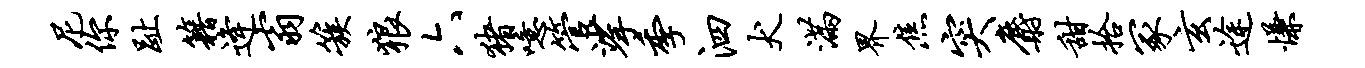
尼你趾籍逄翁簇狼六猪噫管挲季泗犬满界焦突麝甜拾冢玄途慊